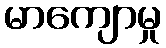
မာကျောမှု